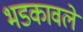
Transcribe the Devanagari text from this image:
भडकावले